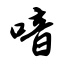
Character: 喑